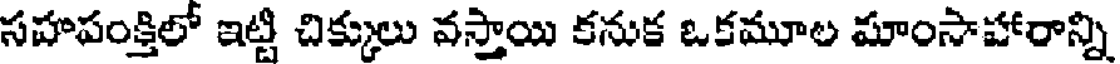
సహాపంక్తిలో ఇట్టి చిక్కులు వస్తాయి కనుక ఒకమూల మాంసాహారాన్ని